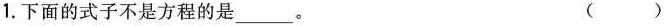
1.下面的式子不是方程的是___。 ()